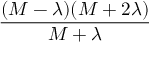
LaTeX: \frac { ( M - \lambda ) ( M + 2 \lambda ) } { M + \lambda }